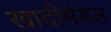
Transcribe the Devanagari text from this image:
खादीमंडल